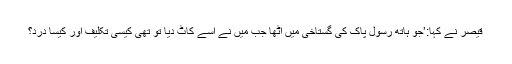
قیصر نے کہا:’جو ہاتھ رسول پاک کی گستاخی میں اٹھا جب میں نے اسے کاٹ دیا تو تھی کیسی تکلیف اور کیسا درد؟